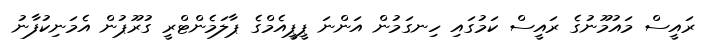
ރައީސް މައުމޫނުގެ ރައީސް ކަމުގައި ހިނގަމުން އަންނަ ޕީޕީއެމްގެ ޕާލަމެންޓްރީ ގުރޫޕުން އެމަނިކުފާނު